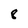
Character: 8